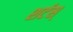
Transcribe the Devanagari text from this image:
शर्टस्